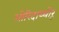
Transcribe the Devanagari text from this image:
ओरिदाथ्थोरू